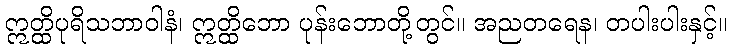
ဣတ္ထိပုရိသဘာဝါနံ၊ ဣတ္ထိဘော ပုန်းဘောတို့တွင်။ အညတရေန၊ တပါးပါးနှင့်။